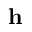
\mathbf h